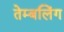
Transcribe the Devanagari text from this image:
तेम्बलिंग